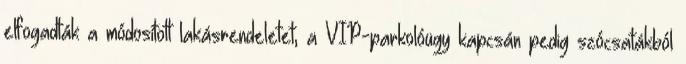
elfogadták a módosított lakásrendeletet, a VIP-parkolóügy kapcsán pedig szócsatákból